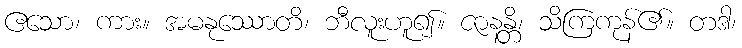
ဧသော၊ ကား။ အမနုဿောတိ၊ ဘီလူးဟူ၍။ ဇာနန္တိ၊ သိကြကုန်၏။ တဒါ၊